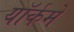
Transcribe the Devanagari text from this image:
यॉर्कमें